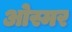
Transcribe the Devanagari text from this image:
ओस्मर